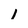
Character: 1